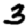
Digit: 3